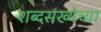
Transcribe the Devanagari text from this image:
शब्दसंख्येच्या